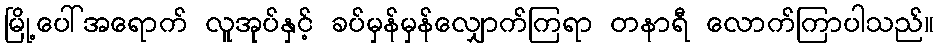
မြို့ပေါ်အရောက် လူအုပ်နှင့် ခပ်မှန်မှန်လျှောက်ကြရာ တနာရီ လောက်ကြာပါသည်။